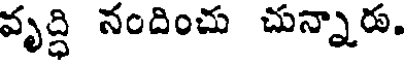
వృద్ధి నందించు చున్నారు.